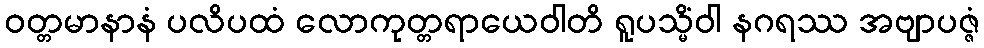
ဝတ္တမာနာနံ ပလိပထံ လောကုတ္တရာယေဝါတိ ရူပသ္မိံဝါ နဂရဿ အဗျာပဇ္ဇံ